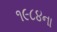
૧૯૮૪ના